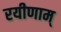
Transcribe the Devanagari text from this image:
रयीणाम्